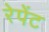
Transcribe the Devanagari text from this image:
रेपेंट